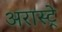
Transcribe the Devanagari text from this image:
अरास्ट्रे